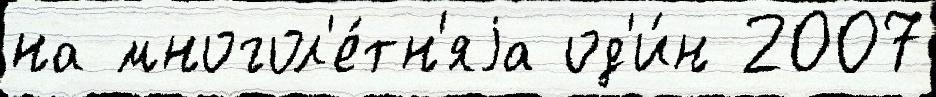
на многол'е́тн'яjа од'и́н 2007